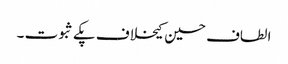
الطاف حسین کیخلاف پکے ثبوت ۔